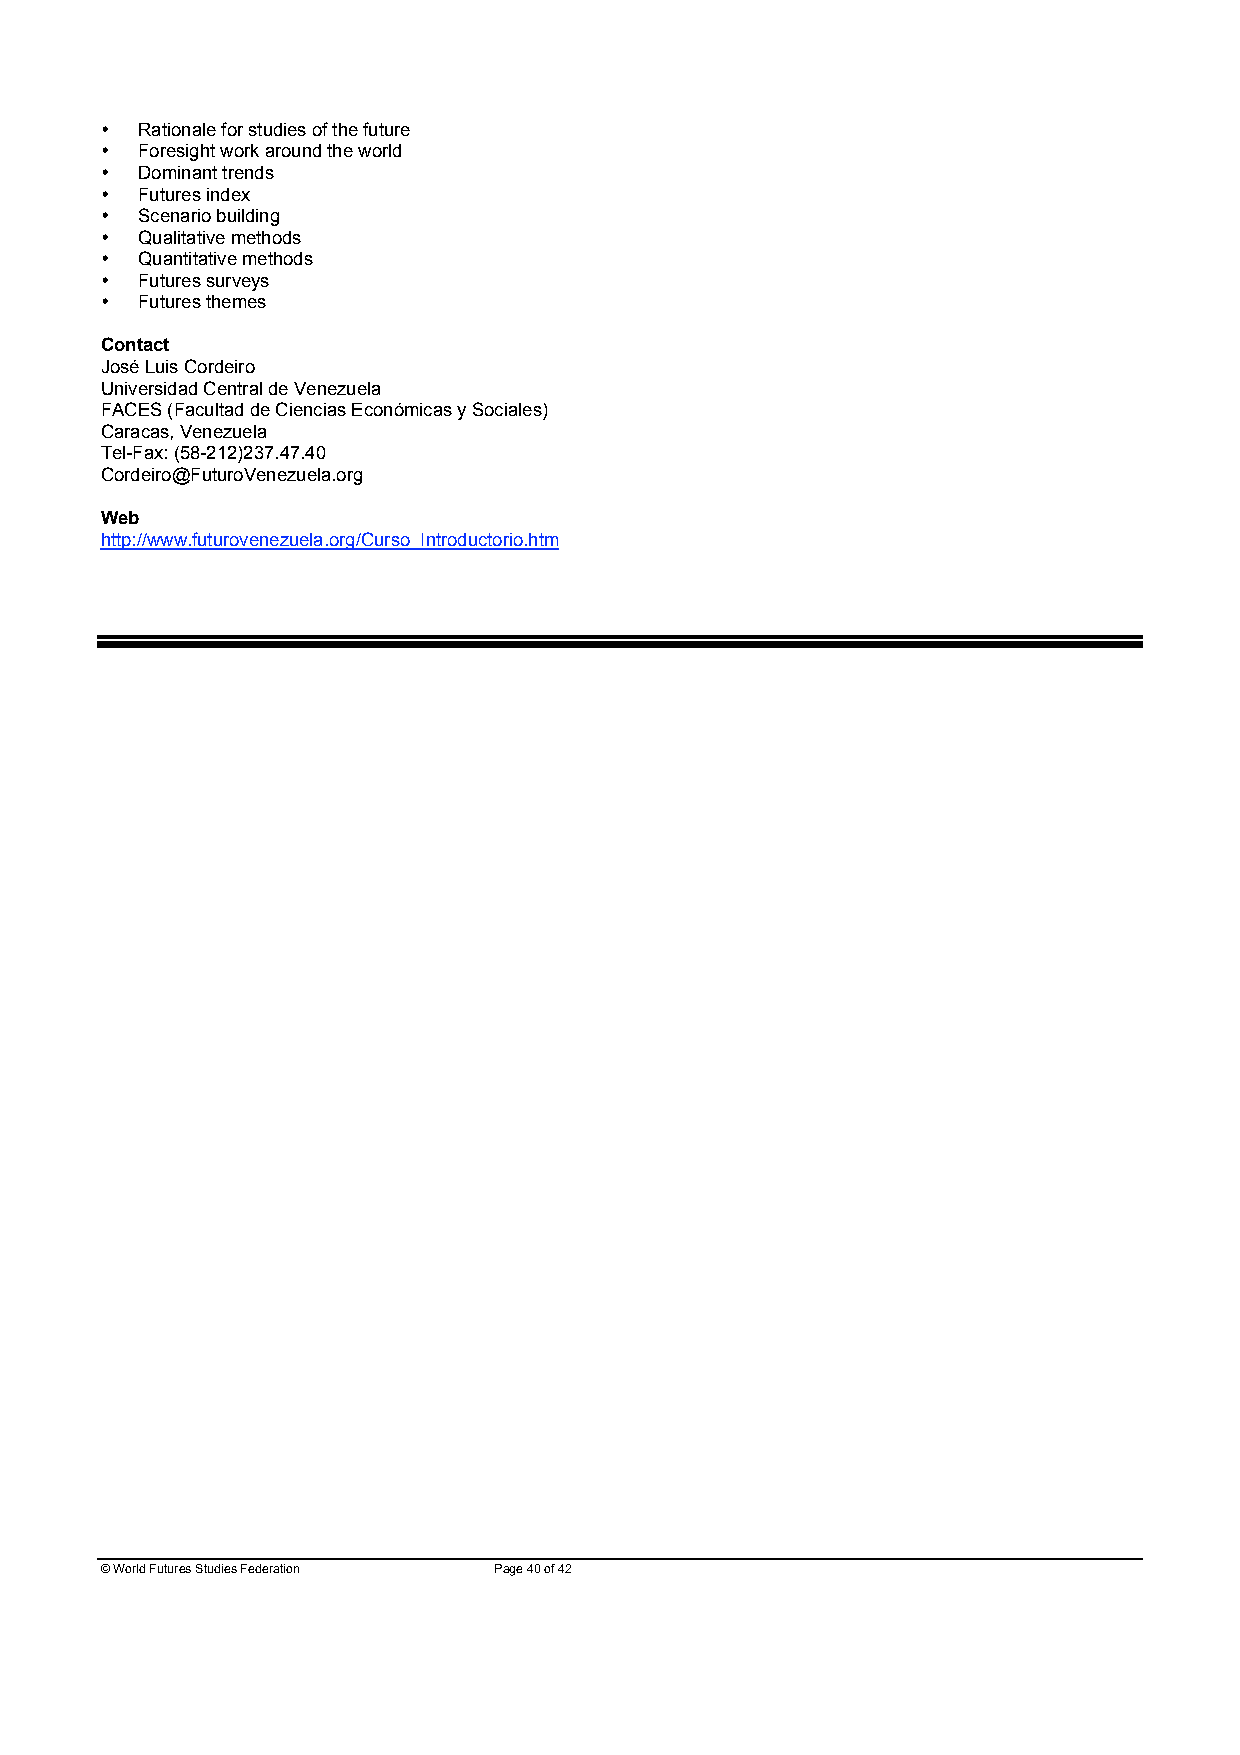
• Rationale for studies of the future
 • Foresight work around the world
 • Dominant trends
 • Futures index
 • Scenario building
 • Qualitative methods
 • Quantitative methods
 • Futures surveys
 • Futures themes
 Contact
 José Luis Cordeiro
 Universidad Central de Venezuela
 FACES (Facultad de Ciencias Económicas y Sociales)
 Caracas, Venezuela
 Tel-Fax: (58-212)237.47.40
 Cordeiro@FuturoVenezuela.org
 Web
 http://www.futurovenezuela.org/Curso_Introductorio.htm
 © World Futures Studies Federation Page 40 of 42